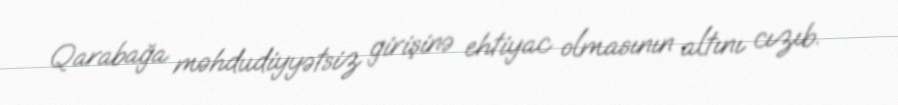
Qarabağa məhdudiyyətsiz girişinə ehtiyac olmasının altını cızıb.